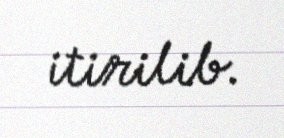
itirilib.